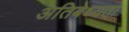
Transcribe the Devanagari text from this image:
अतिबेध्यता